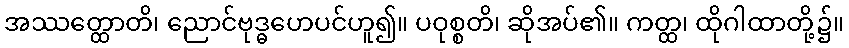
အဿတ္ထောတိ၊ ညောင်ဗုဒ္ဓဟေပင်ဟူ၍။ ပဝုစ္စတိ၊ ဆိုအပ်၏။ ကတ္ထ၊ ထိုဂါထာတို့၌။